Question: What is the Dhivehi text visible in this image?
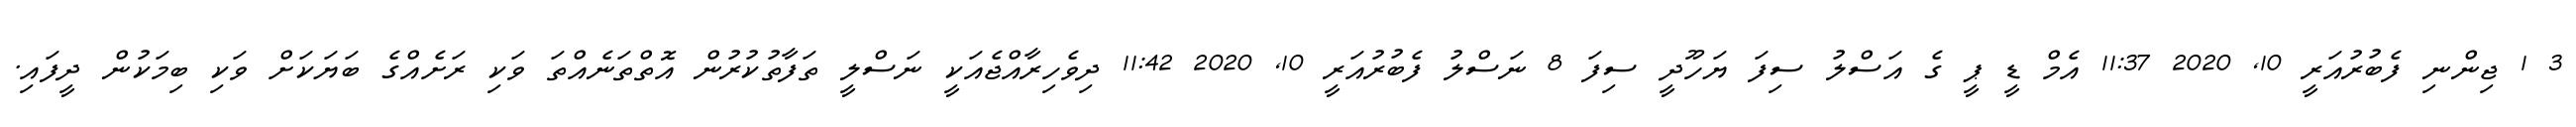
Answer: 3 1 ޖިންނި ފެބުރުއަރީ 10, 2020 11:37 އެމް ޑީ ޕީ ގެ އަސްލު ސިފަ ޔަހޫދީ ސިފަ 8 ނަސްލު ފެބުރުއަރީ 10, 2020 11:42 ދިވެހިރާއްޖެއަކީ ނަސްލީ ތަފާތުކުރުން އޮތްތަނެއްތަ ވަކި ރަށެއްގެ ބަޔަކަށް ވަކި ބިމަކުން ދީފައި.